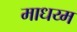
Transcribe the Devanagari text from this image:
माधय्म